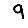
Digit: 9